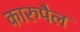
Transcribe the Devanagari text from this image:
कारुपैल